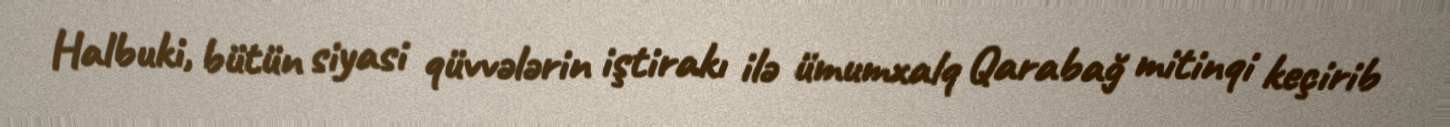
Halbuki, bütün siyasi qüvvələrin iştirakı ilə ümumxalq Qarabağ mitinqi keçirib